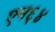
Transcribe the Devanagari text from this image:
एन६४